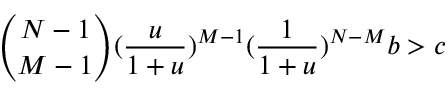
\binom { N - 1 } { M - 1 } ( \frac { u } { 1 + u } ) ^ { M - 1 } ( \frac { 1 } { 1 + u } ) ^ { N - M } b > c